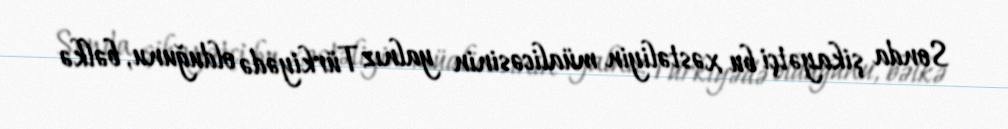
Sonda şikayətçi bu xəstəliyin müalicəsinin yalnız Türkiyədə olduğunu, bəlkə